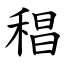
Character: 䅛